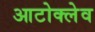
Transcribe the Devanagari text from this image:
आटोक्‍लेव